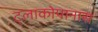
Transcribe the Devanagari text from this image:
ट्लाकोपानास